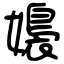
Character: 嬝